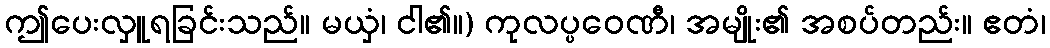
ဤပေးလှူရခြင်းသည်။ မယှံ၊ ငါ၏။) ကုလပ္ပဝေဏီ၊ အမျိုး၏ အစပ်တည်း။ ဧတံ၊